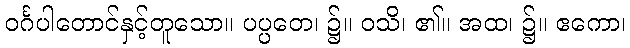
ဝင်္ဂပါတောင်နှင့်တူသော။ ပပ္ပတေ၊ ၌။ ဝသိ၊ ၏။ အထ၊ ၌။ ဧကော၊